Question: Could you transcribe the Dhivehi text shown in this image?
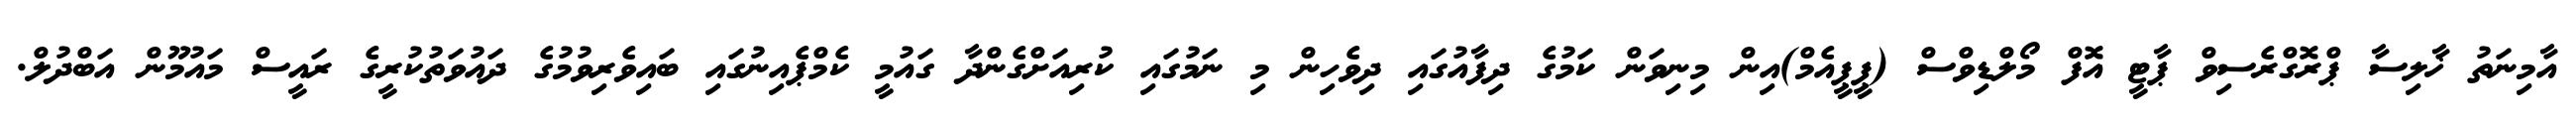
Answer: އާމިނަތު ޚާލިސާ ޕްރޮގްރެސިވް ޕާޓީ އޮފް މޯލްޑިވްސް (ޕީޕީއެމް)އިން މިނިވަން ކަމުގެ ދިފާއުގައި ދިވެހިން މި ނަމުގައި ކުރިއަށްގެންދާ ގައުމީ ކެމްޕެއިނުގައި ބައިވެރިވުމުގެ ދައުވަތުކުރީގެ ރައީސް މައުމޫން އަބްދުލް.